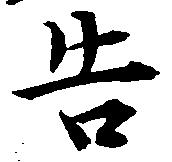
告